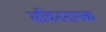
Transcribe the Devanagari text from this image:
सचिननामक